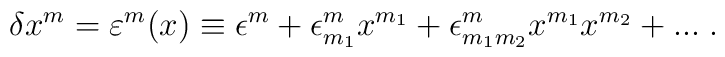
\delta x^m =\varepsilon^m(x)\equiv\epsilon^m+\epsilon^m_{m_1}x^{m_1}+\epsilon^m_{m_1m_2}x^{m_1}x^{m_2}+...\;.